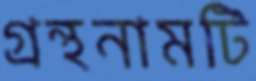
গ্রন্থনামটি